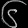
Digit: ၆